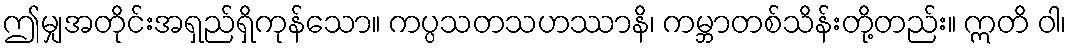
ဤမျှအတိုင်းအရှည်ရှိကုန်သော။ ကပ္ပသတသဟဿာနိ၊ ကမ္ဘာတစ်သိန်းတို့တည်း။ ဣတိ ဝါ၊